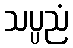
သပ္ပညံ